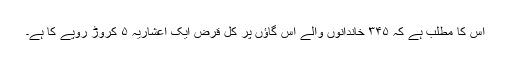
اس کا مطلب ہے کہ ۳۴۵ خاندانوں والے اس گاؤں پر کل قرض ایک اعشاریہ ۵ کروڑ روپے کا ہے۔